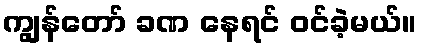
ကျွန်တော် ခဏ နေရင် ဝင်ခဲ့မယ်။